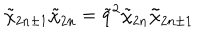
\tilde { \chi } _ { 2 n \pm 1 } \tilde { \chi } _ { 2 n } = \tilde { q } ^ { 2 } \tilde { \chi } _ { 2 n } \tilde { \chi } _ { 2 n \pm 1 }